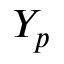
Y _ { p }